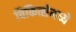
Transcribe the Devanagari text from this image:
चिकित्सेमध्ये